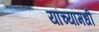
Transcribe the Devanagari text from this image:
यांच्यामधी